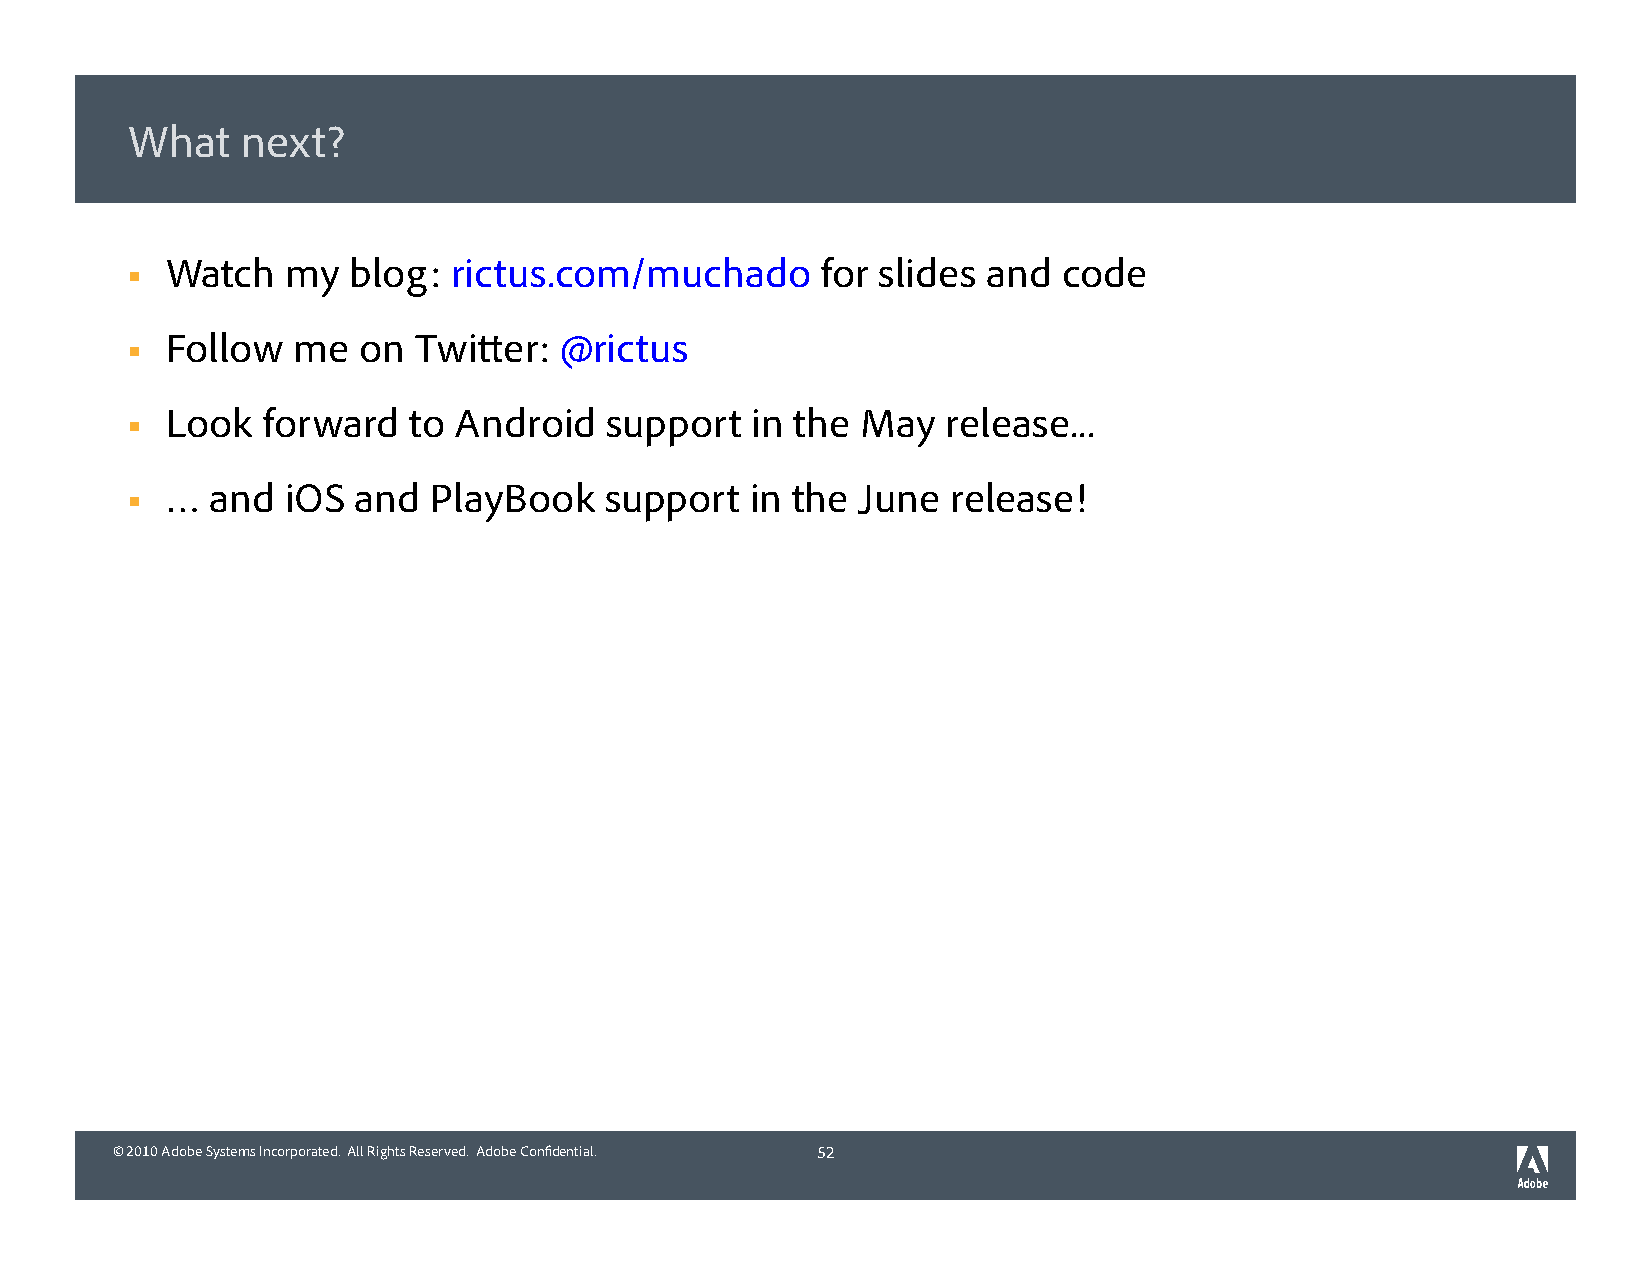
What    next?
 Watch   my  blog:  rictus.com/muchado      for slides and  code
 
 Follow  me   on Twitter:  @rictus
 
 Look  forward   to Android   support   in the May   release...
 
 …  and  iOS and  PlayBook    support   in the June  release!
 
 © 2010 Adobe Systems Incorporated. All Rights Reserved. Adobe Confidential. 52